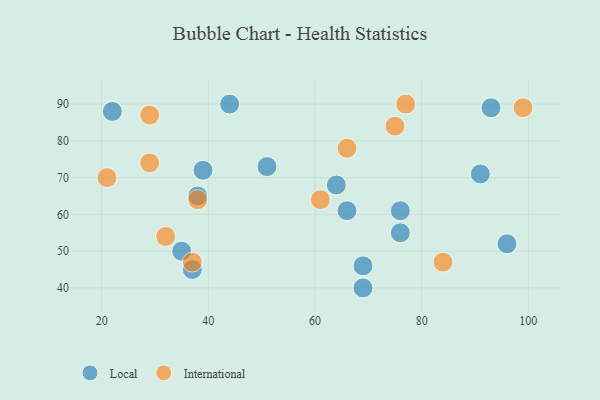
{"axis": {"x": "GDP", "y": "Life Expectancy"}, "legend": ["International", "Local"], "data": [{"x": "76", "y": 61, "type": "Local"}, {"x": "66", "y": 61, "type": "Local"}, {"x": "44", "y": 90, "type": "Local"}, {"x": "69", "y": 40, "type": "Local"}, {"x": "93", "y": 89, "type": "Local"}, {"x": "38", "y": 65, "type": "Local"}, {"x": "35", "y": 50, "type": "Local"}, {"x": "37", "y": 45, "type": "Local"}, {"x": "51", "y": 73, "type": "Local"}, {"x": "76", "y": 55, "type": "Local"}, {"x": "22", "y": 88, "type": "Local"}, {"x": "64", "y": 68, "type": "Local"}, {"x": "69", "y": 46, "type": "Local"}, {"x": "91", "y": 71, "type": "Local"}, {"x": "96", "y": 52, "type": "Local"}, {"x": "39", "y": 72, "type": "Local"}, {"x": "29", "y": 87, "type": "International"}, {"x": "21", "y": 70, "type": "International"}, {"x": "61", "y": 64, "type": "International"}, {"x": "75", "y": 84, "type": "International"}, {"x": "38", "y": 64, "type": "International"}, {"x": "77", "y": 90, "type": "International"}, {"x": "37", "y": 47, "type": "International"}, {"x": "32", "y": 54, "type": "International"}, {"x": "99", "y": 89, "type": "International"}, {"x": "84", "y": 47, "type": "International"}, {"x": "66", "y": 78, "type": "International"}, {"x": "29", "y": 74, "type": "International"}]}